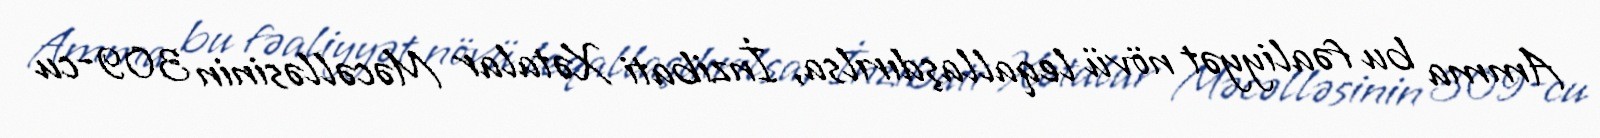
Amma bu fəaliyyət növü leqallaşdırılsa, İnzibati Xətalar Məcəlləsinin 309-cu